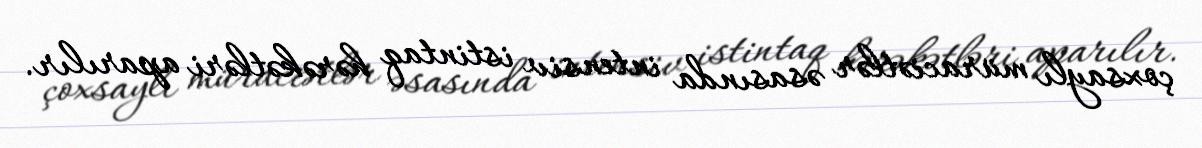
çoxsaylı müraciətlər əsasında intensiv istintaq hərəkətləri aparılır.